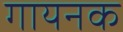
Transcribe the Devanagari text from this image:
गायनक